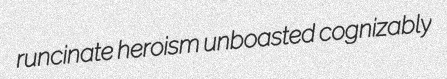
runcinate heroism unboasted cognizably